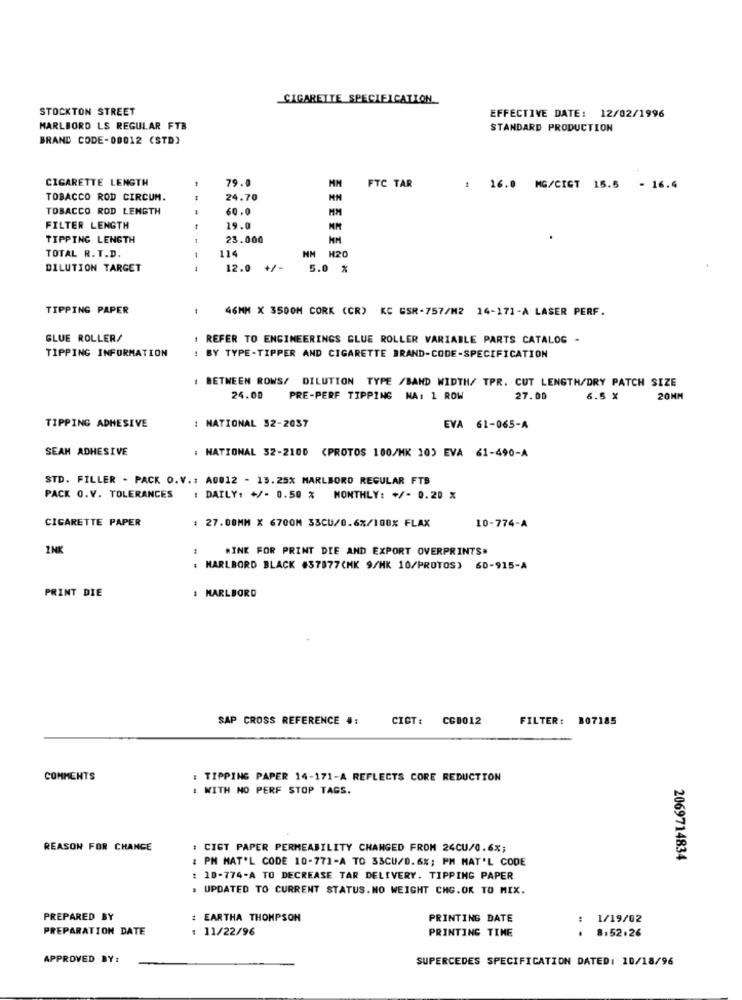
CIGARETTE SPECIFICATION
STOCKTON STREET
EFFECTIVE DATE: 12/02/1996
MARLBORO LS REGULAR FTB
STANDARD PRODUCTION
BRAND CODE-00012 (STD)
CIGARETTE LENGTH
79.0
MM FTC TAR
: 16.0 MG/CIGT 15.5 - 16.4
TOBACCO ROD CIRCUM.
24.70
TOBACCO ROD LENGTH
.
60.0
FILTER LENGTH
19.0
TIPPING LENGTH
23.000
114
TOTAL R. T.D.
NM H20
DILUTION TARGET
1
12.0 +/-
5.0 %
TIPPING PAPER
46MM X 3500M CORK (CR) KC GSR-757/M2 14-171-A LASER PERF.
GLUE ROLLER/
REFER TO ENGINEERINGS GLUE ROLLER VARIABLE PARTS CATALOG -
TIPPING INFORMATION
BY TYPE-TIPPER AND CIGARETTE BRAND-CODE-SPECIFICATION
: BETWEEN ROWS/ DILUTION TYPE /BAND WIDTH/ TPR. CUT LENGTH/DRY PATCH SIZE
24.00
PRE-PERF TIPPING NA: 1 ROW
27.00
6.5 %
20MM
TIPPING ADHESIVE
: NATIONAL 32-2037
EVA 61-065-A
SEAM ADHESIVE
: NATIONAL 32-2100 (PROTOS 100/MK 10) EVA 61-490-A
STD. FILLER - PACK O.V .: A0012 - 15.25% MARLBORO REGULAR FTB
PACK O.V. TOLERANCES : DAILY: +/- 0.50 % MONTHLY: +/- 0.20 %
CIGARETTE PAPER
10-774-A
27.08MM X 6700M 33CU/0.6%/100% FLAX
INK
#INK FOR PRINT DIE AND EXPORT OVERPRINTS#
: MARLBORD BLACK #37877(MK 9/HK 10/PROTOS) 60-915-A
PRINT DIE
: MARLBORO
SAP CROSS REFERENCE #:
CICT :
CCD012
FILTER: 307185
COMMENTS
: TIPPING PAPER 14-171-A REFLECTS CORE REDUCTION
: WITH NO PERF STOP TAGS.
REASON FOR CHANGE
: CIGT PAPER PERMEABILITY CHANGED FROM 24CU/0.6%;
: PM MAT'L CODE 10-771-A TO 33CU/0.6%; PM NAT'L CODE
2069714834
: 10-774-A TO DECREASE TAR DELIVERY. TIPPING PAPER
. UPDATED TO CURRENT STATUS. NO WEIGHT CHG.OK TO MIX.
PREPARED BY
: EARTHA THOMPSON
PRINTING DATE
1/19/02
PREPARATION DATE
: 11/22/96
PRINTING TIME
8.52.26
APPROVED BY:
SUPERCEDES SPECIFICATION DATED: 10/18/96